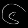
Digit: ၆